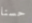
حسنا